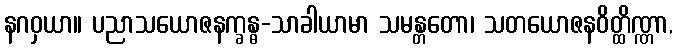
နဂဝှယာ။ ပညာသယောဇနက္ခန္ဓ-သာခါယာမာ သမန္တတော၊ သတယောဇနဝိတ္ထိဏ္ဏာ,